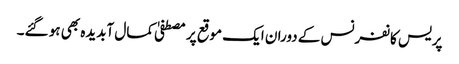
پریس کانفرنس کے دوران ایک موقع پر مصطفیٰ کمال آبدیدہ بھی ہو گئے۔